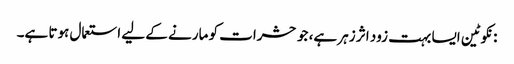
: نکوٹین ایسا بہت زود اثر زہر ہے، جو حشرات کو مارنے کے لیے استعمال ہوتا ہے۔